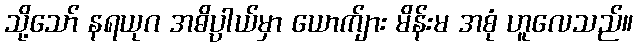
သို့သော် နရယုဂ အဓိပ္ပါယ်မှာ ယောက်ျား မိန်းမ အစုံ ဟူလေသည်။